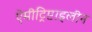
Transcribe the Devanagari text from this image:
ऐमीट्रिप्टाइलीन